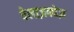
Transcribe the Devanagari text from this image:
वेलाज़क्वेज़